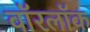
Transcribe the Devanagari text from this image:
वॉरलॉक